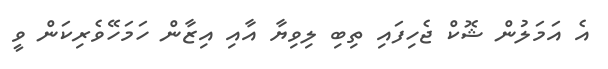
އެ އަމަލުން ޝޮކް ޖެހިފައި ތިބި ލިވިޔާ އާއި އިޒާން ހަމަހޭވެރިކަން ވީ